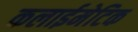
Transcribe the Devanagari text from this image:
कलाईमेटिक